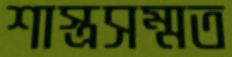
শাস্ত্রসম্মত